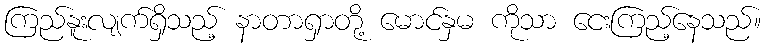
ကြည်နူးလျက်ရှိသည့် နာတာရှာတို့ မောင်နှမ ကိုသာ ငေးကြည့်နေသည်။